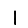
Digit: 1